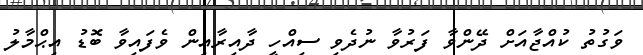
ވަގުތު ކުއްޖާއަށް ދޭންވާ ފަރުވާ ނުދެވި ސިއްހީ ދާއިރާއިން ވެފައިވާ ބޮޑު އިޙްމާލު